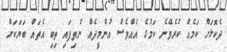
ދެކޮޅަށް ކަމެއް ކުރެވޭނެ ކަމުގެ އެއްވެސް އުންމީދެއް ނެތިފައި ތިބި އެތައް ބަޔަކަށް